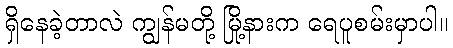
ရှိနေခဲ့တာလဲ ကျွန်မတို့ မြို့နားက ရေပူစမ်းမှာပါ။